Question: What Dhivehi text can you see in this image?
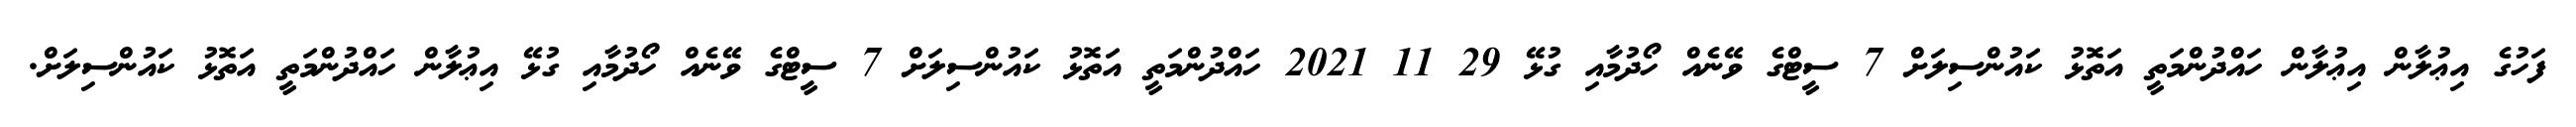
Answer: ފަހުގެ އިޢުލާން އިޢުލާން ހައްދުންމަތީ އަތޮޅު ކައުންސިލަށް 7 ސީޓްގެ ވޭނެއް ހޯދުމާއި ގުޅޭ 29 11 2021 ހައްދުންމަތީ އަތޮޅު ކައުންސިލަށް 7 ސީޓްގެ ވޭނެއް ހޯދުމާއި ގުޅޭ އިޢުލާން ހައްދުންމަތީ އަތޮޅު ކައުންސިލަށް.